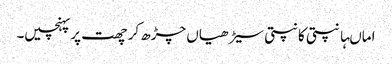
اماںہانپتی کانپتی سیڑھیاں چڑھ کر چھت پر پہنچیں۔